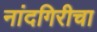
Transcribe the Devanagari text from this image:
नांदगिरीचा